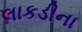
લાકડીના